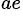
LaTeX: ^{ae}